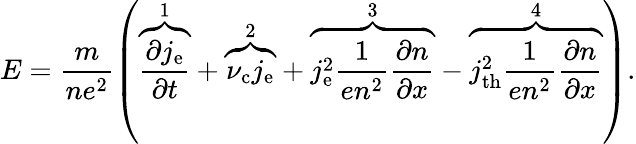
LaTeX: E=\frac{m}{ne^{2}}\left(\overbrace{\frac{\partial j_{\mathrm{e}}}{\partial t}}^{\mathrm{~1~}}+\overbrace{\nu_{\mathrm{c}}j_{\mathrm{e}}}^{\mathrm{~2~}}+\overbrace{j_{\mathrm{e}}^{2}\frac{1}{en^{2}}\frac{\partial n}{\partial x}}^{\mathrm{~3~}}-\overbrace{j_{\mathrm{th}}^{2}\frac{1}{en^{2}}\frac{\partial n}{\partial x}}^{\mathrm{~4~}}\right).